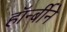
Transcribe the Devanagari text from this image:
हॉर्न्बीने